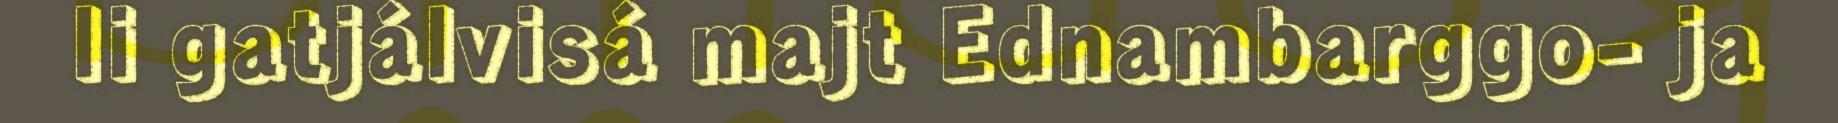
li gatjálvisá majt Ednambarggo- ja